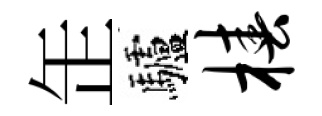
𦈢驢椿